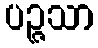
ပဉ္ဇသာ